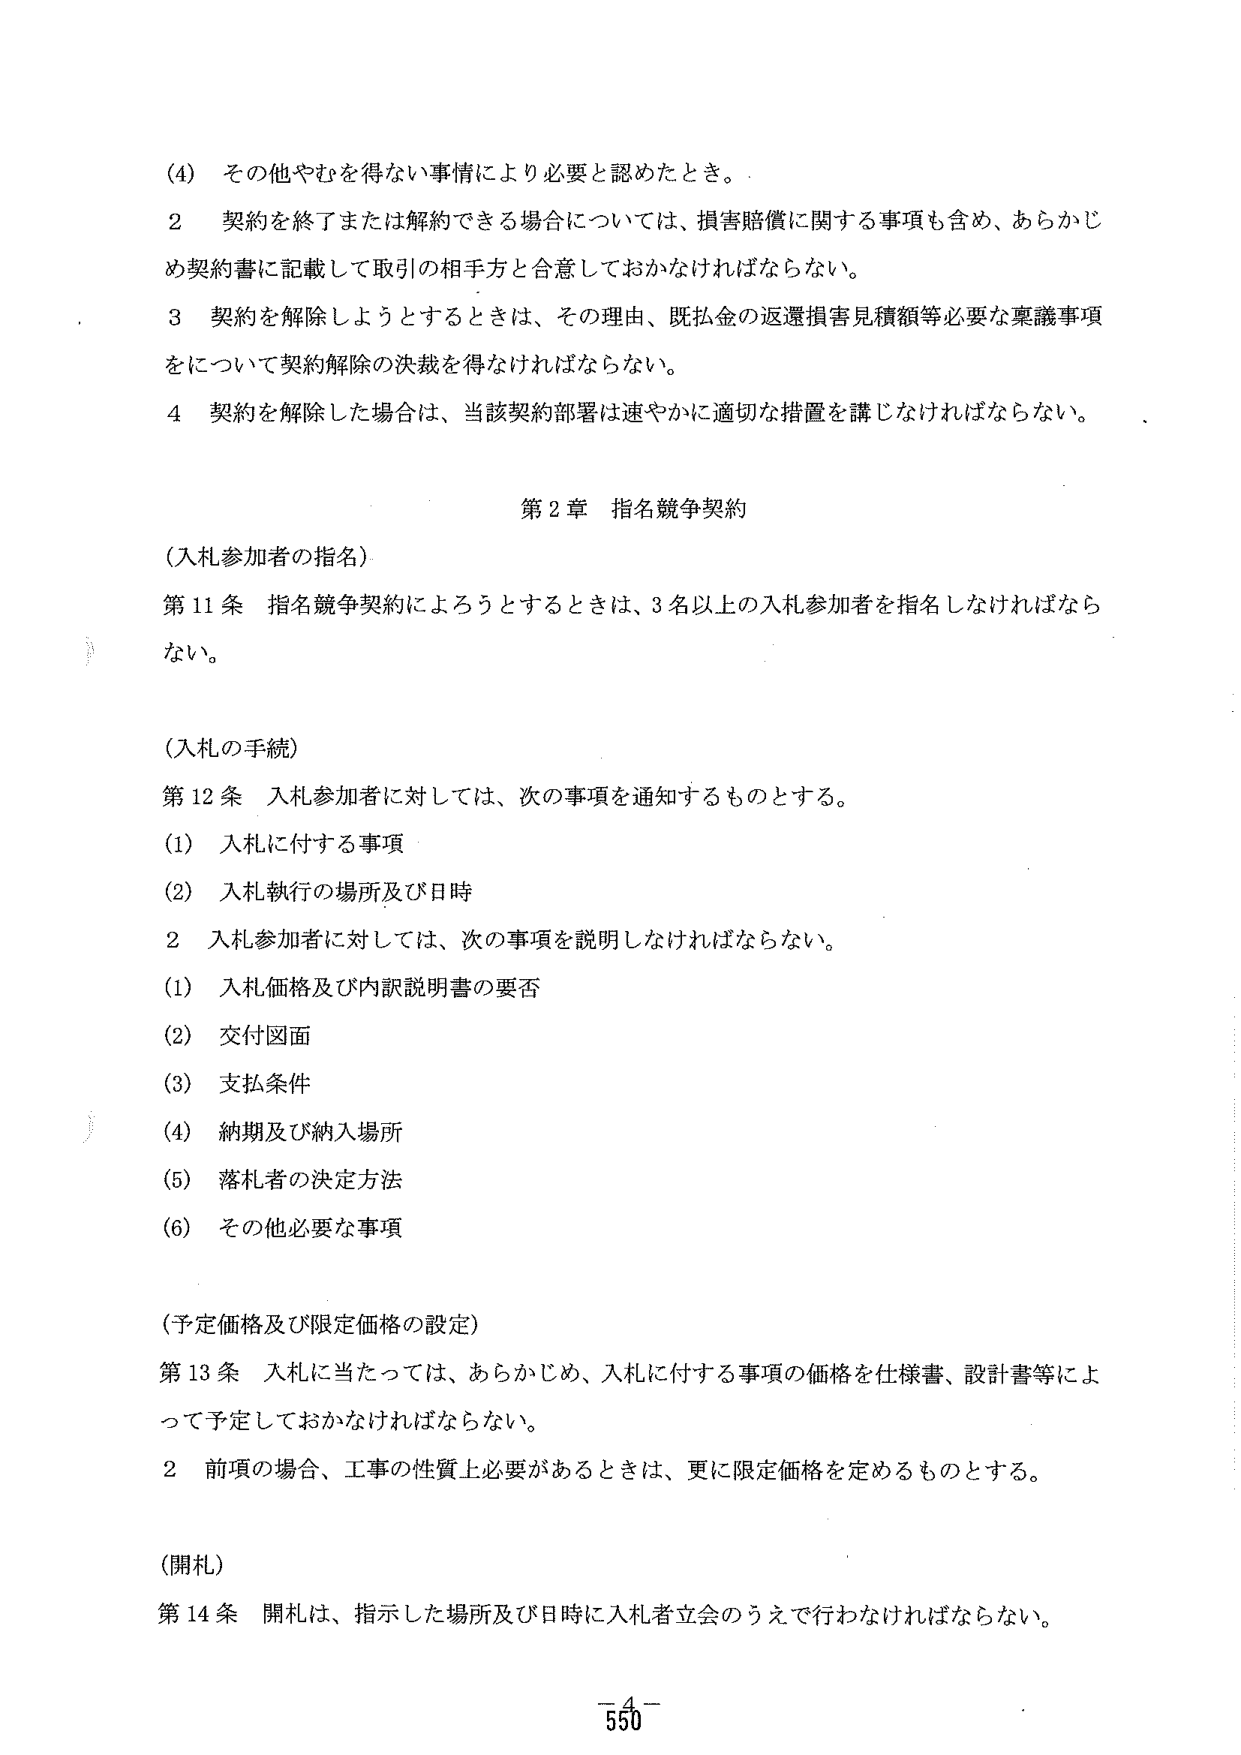
(4) その他やむを得ない事情により必要と認めたとき。

2 契約を終了または解約できる場合については、損害賠償に関する事項も含め、あらかじめ契約書に記載して取引の相手方と合意しておかなければならない。

3 契約を解除しようとするときは、その理由、既払金の返還損害見積額等必要な稟議事項について契約解除の決裁を得なければならない。

4 契約を解除した場合は、当該契約部署は速やかに適切な措置を講じなければならない。

第2章 指名競争契約

(入札参加者の指名)

第11条 指名競争契約によろうとするときは、3名以上の入札参加者を指名しなければならない。

(入札の手続)

第12条 入札参加者に対しては、次の事項を通知するものとする。

(1) 入札に付する事項

(2) 入札執行の場所及び日時

2 入札参加者に対しては、次の事項を説明しなければならない。

(1) 入札価格及び内訳説明書の要否

(2) 交付図面

(3) 支払条件

(4) 納期及び納入場所

(5) 落札者の決定方法

(6) その他必要な事項

(予定価格及び限定価格の設定)

第13条 入札に当たっては、あらかじめ、入札に付する事項の価格を仕様書、設計書等によって予定しておかなければならない。

2 前項の場合、工事の性質上必要があるときは、更に限定価格を定めるものとする。

(開札)

第14条 開札は、指示した場所及び日時に入札者立会のうえで行わなければならない。

-4-
550